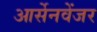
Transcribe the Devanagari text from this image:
आर्सेनवेंजर